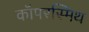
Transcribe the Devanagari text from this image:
कॉपरस्मिथ